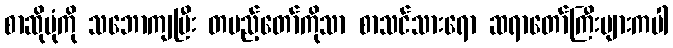
စာဆိုပုံကို သဘောကျပြီး တပည့်တော်ကိုသာ စာသင်သားရော ဆရာတော်ကြီးများကပါ